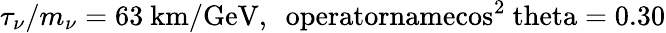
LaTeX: \tau_{\nu}/m_{\nu}=63\mathrm{~km/GeV,\ \ operatorname{cos}^{2}\ theta=0.30}